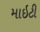
માઇટી